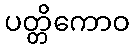
ပတ္တိကောဝ